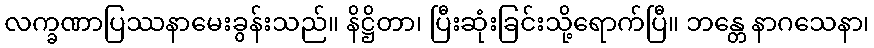
လက္ခဏာပြဿနာမေးခွန်းသည်။ နိဋ္ဌိတာ၊ ပြီးဆုံးခြင်းသို့ရောက်ပြီ။ ဘန္တေ နာဂသေနာ၊